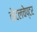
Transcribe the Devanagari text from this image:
नेटलचेप्टर